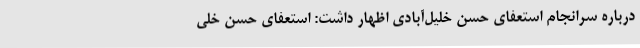
درباره سرانجام استعفای حسن خلیل‌آبادی اظهار داشت: استعفای حسن خلی